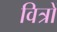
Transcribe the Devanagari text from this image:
वित्रों